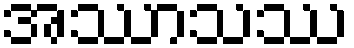
အဿာသဿ